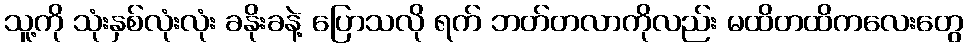
သူ့ကို သုံးနှစ်လုံးလုံး ခနိုးခနဲ့ ပြောသလို ရက် ဘတ်တလာကိုလည်း မထိတထိကလေးတွေ